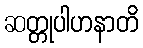
ဆတ္တုပါဟနာတိ